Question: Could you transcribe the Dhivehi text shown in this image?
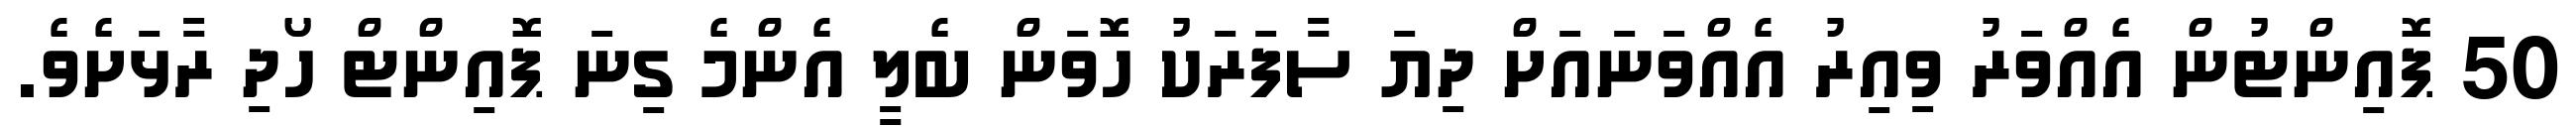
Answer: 50 ޕޮއިންޓުން އެއްވަރު ވިއިރު އެއްވަނައަށް ދިޔަ ސާފަރަކު ހޮވަން ބެލީ އެންމެ ގިނަ ޕޮއިންޓް ހޯދި ރާޅަށެވެ.